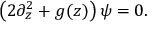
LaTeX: \left( 2 \partial _ { z } ^ { 2 } + g ( z ) \right) \psi = 0 .